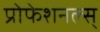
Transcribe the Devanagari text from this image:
प्रोफेशनल्स्